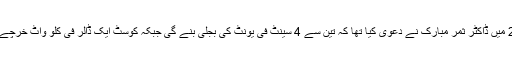
یاد رہے سال 2011 میں ڈاکٹر ثمر مبارک نے دعویٰ کیا تھا کہ تین سے 4 سینٹ فی یونٹ کی بجلی بنے گی جبکہ کوسٹ ایک ڈالر فی کلو واٹ خرچے پر بجلی پیدا ہوگی ۔